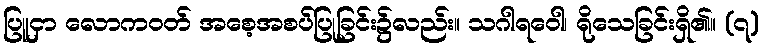
ပြူငှာ လောကဝတ် အစေ့အစပ်ပြုခြင်း၌လည်း။ သဂါရဝေါ၊ ရိုသေခြင်းရှိ၏။ (၇)